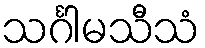
သင်္ဂါမသီသံ